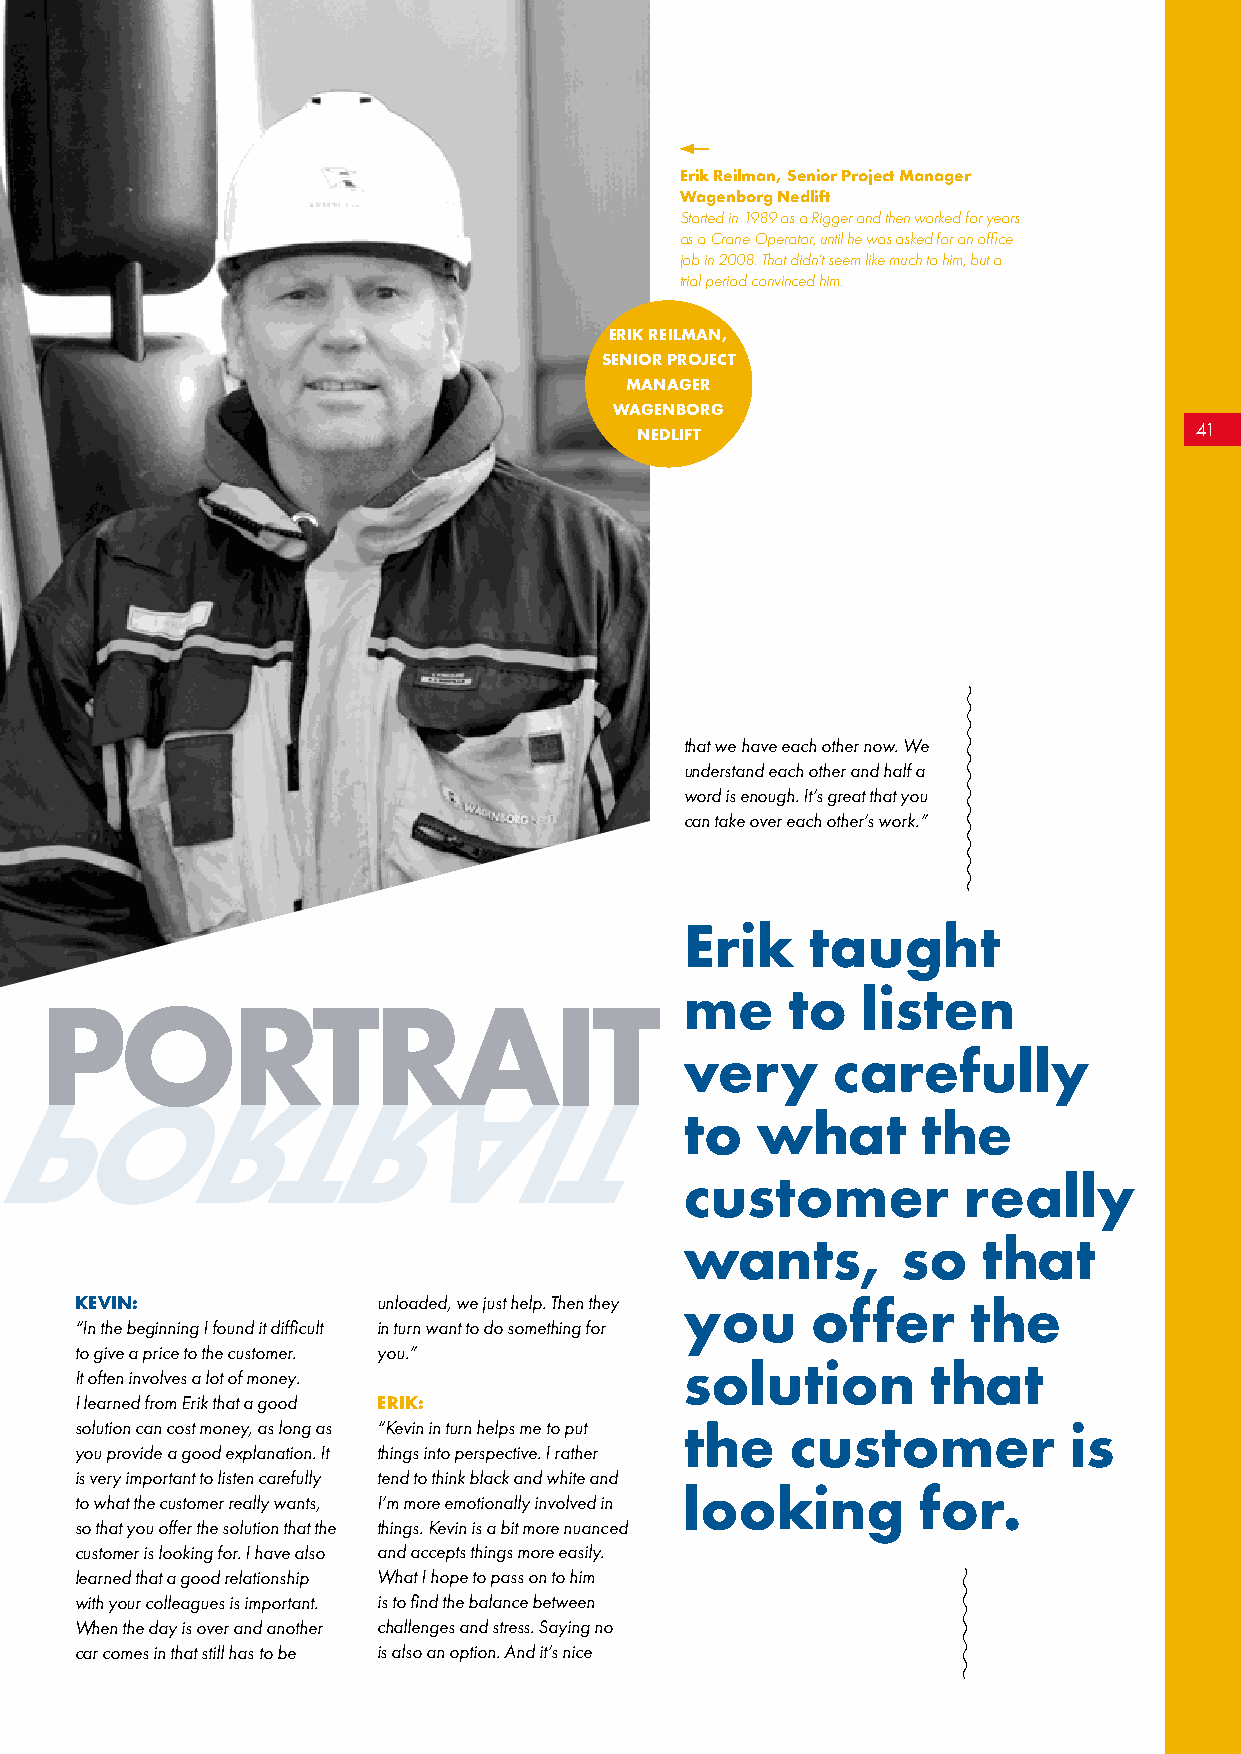
Erik Reilman, Senior Project Manager
 Wagenborg Nedlift
 Started in 1989 as a Rigger and then worked for years
 as a Crane Operator, until he was asked for an office
 job in 2008. That didn’t seem like much to him, but a
 trial period convinced him.
 ERIK REILMAN,
 SENIOR PROJECT
 MANAGER
 WAGENBORG
 NEDLIFT                              4411
 that we have each other now. We
 understand each other and half a
 word is enough. It’s great that you
 can take over each other’s work.”
 Erik     taught
 me     to   listen
 PORTRAIT
 very      carefully
 to   what       the
 customer           really
 wants,         so   that
 KEVIN:              unloaded, we just help. Then they you offer the
 “In the beginning I found it difficult in turn want to do something for
 to give a price to the customer. you.”
 solution         that
 It often involves a lot of money.
 I learned from Erik that a good ERIK:
 solution can cost money, as long as “Kevin in turn helps me to put the customer is
 you provide a good explanation. It things into perspective. I rather
 is very important to listen carefully tend to think black and white and
 looking         for.
 to what the customer really wants, I’m more emotionally involved in
 so that you offer the solution that the things. Kevin is a bit more nuanced
 customer is looking for. I have also and accepts things more easily.
 learned that a good relationship What I hope to pass on to him
 with your colleagues is important. is to find the balance between
 When the day is over and another challenges and stress. Saying no
 car comes in that still has to be is also an option. And it’s nice
 P    O      R     T   R    A    I   T